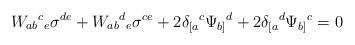
LaTeX: \begin{align*}W_{ab}{}^c{}_e\sigma^{de}+W_{ab}{}^d{}_e\sigma^{ce}+2\delta_{[a}{}^c\Psi_{b]}{}^d+2\delta_{[a}{}^d\Psi_{b]}{}^c=0\end{align*}